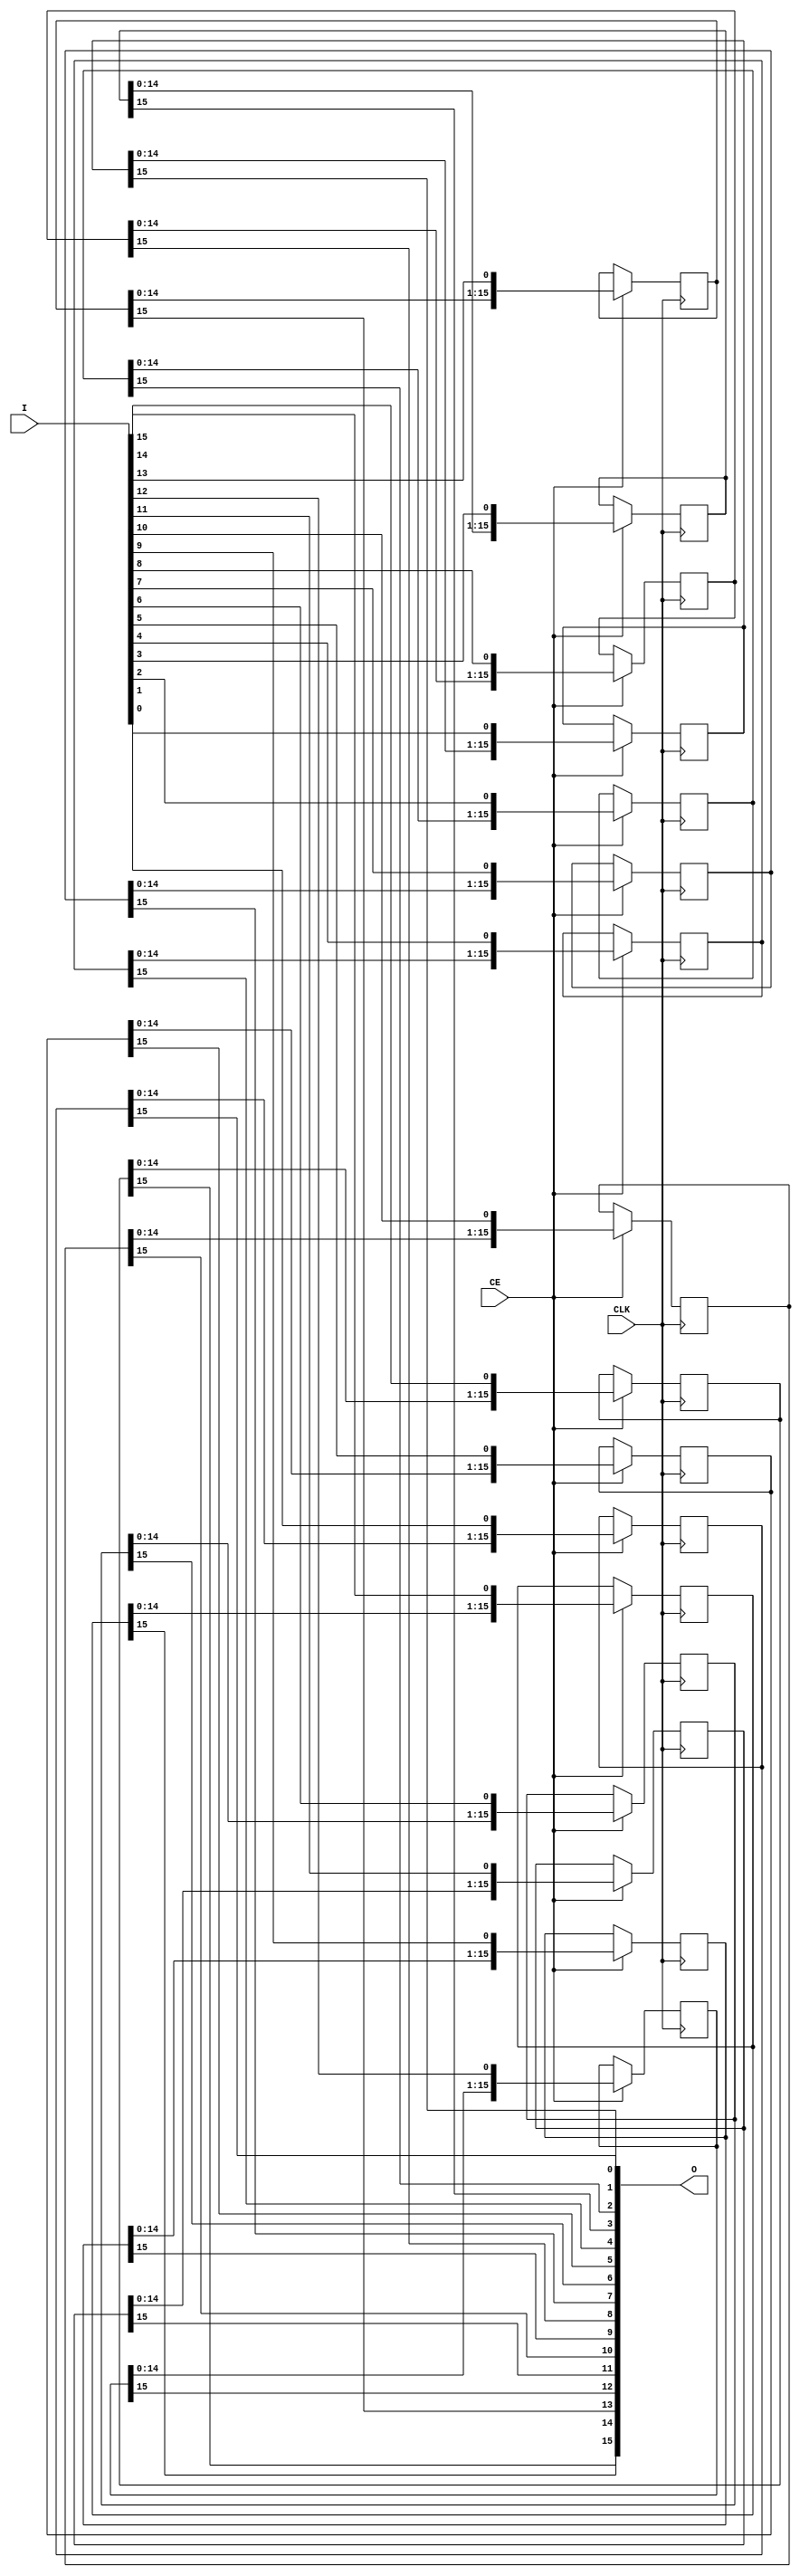
`timescale 1ns / 1ps
//////////////////////////////////////////////////////////////////////////////////
// Company: 
// Engineer: 
// 
// Design Name: 
// Module Name:    srl_nxm 
// Project Name: 
// Target Devices: 
// Tool versions: 
// Description: 
//
// Dependencies: 
//
// Revision: 
// Revision 0.01 - File Created
// Additional Comments: 
//
//////////////////////////////////////////////////////////////////////////////////
module srl_nxm #(
	parameter Depth = 16,
	parameter Width = 16
)(

    input CLK,
    input CE,
    input [Width-1:0] I,
    output [Width-1:0] O
    );

(* syn_srlstyle = "select_srl" *)
   reg [Depth-1:0] sr [Width-1:0];

genvar i;
generate
	for (i=0; i < Width; i=i+1) 
	begin: bus_srl
		always @(posedge CLK)
			if (CE)
				sr[i] <= {sr[i][Depth-2:0], I[i]};

		assign O[i] = sr[i][Depth-1];
	end
endgenerate

endmodule